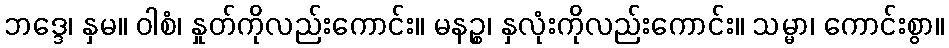
ဘဒ္ဒေ၊ နှမ။ ဝါစံ၊ နှုတ်ကိုလည်းကောင်း။ မနဉ္စ၊ နှလုံးကိုလည်းကောင်း။ သမ္မာ၊ ကောင်းစွာ။